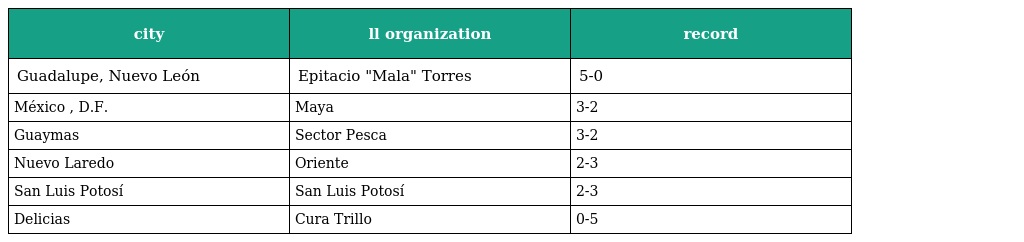
| city | ll organization | record |
 | --- | --- | --- |
 | Guadalupe, Nuevo León | Epitacio "Mala" Torres | 5-0 |
 | México , D.F. | Maya | 3-2 |
 | Guaymas | Sector Pesca | 3-2 |
 | Nuevo Laredo | Oriente | 2-3 |
 | San Luis Potosí | San Luis Potosí | 2-3 |
 | Delicias | Cura Trillo | 0-5 |